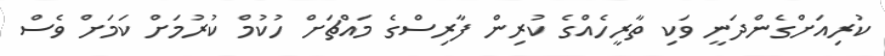
ކުރިއަށްގެންދަނީ ވަކި ތާރީހެއްގެ ކުރިން ފާރިސްގެ މައްޗަށް ހުކުމް ކުރުމަށް ކަމަށް ވެސް